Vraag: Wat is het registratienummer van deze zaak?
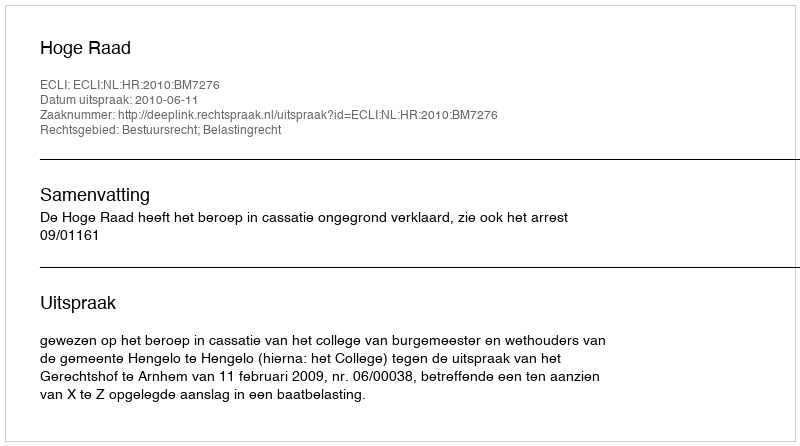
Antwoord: http://deeplink.rechtspraak.nl/uitspraak?id=ECLI:NL:HR:2010:BM7276